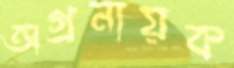
অগ্রনায়ক